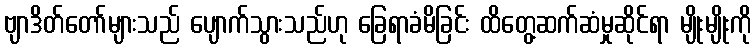
ဗျာဒိတ်တော်များသည် ပျောက်သွားသည်ဟု ခြေရာခံမိခြင်း ထိတွေ့ဆက်ဆံမှုဆိုင်ရာ မျိုးမျိုးကို